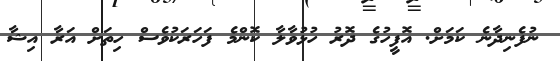
ނުފެނިދާނެ ކަމަށް. އޮފީހުގެ ދޮރު ހުޅުވާލާ ކޮންމެ ފަހަރަކުވެސް ހިތަށް އަރާ އިޝާ